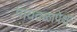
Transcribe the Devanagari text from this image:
पायदळापेक्षा